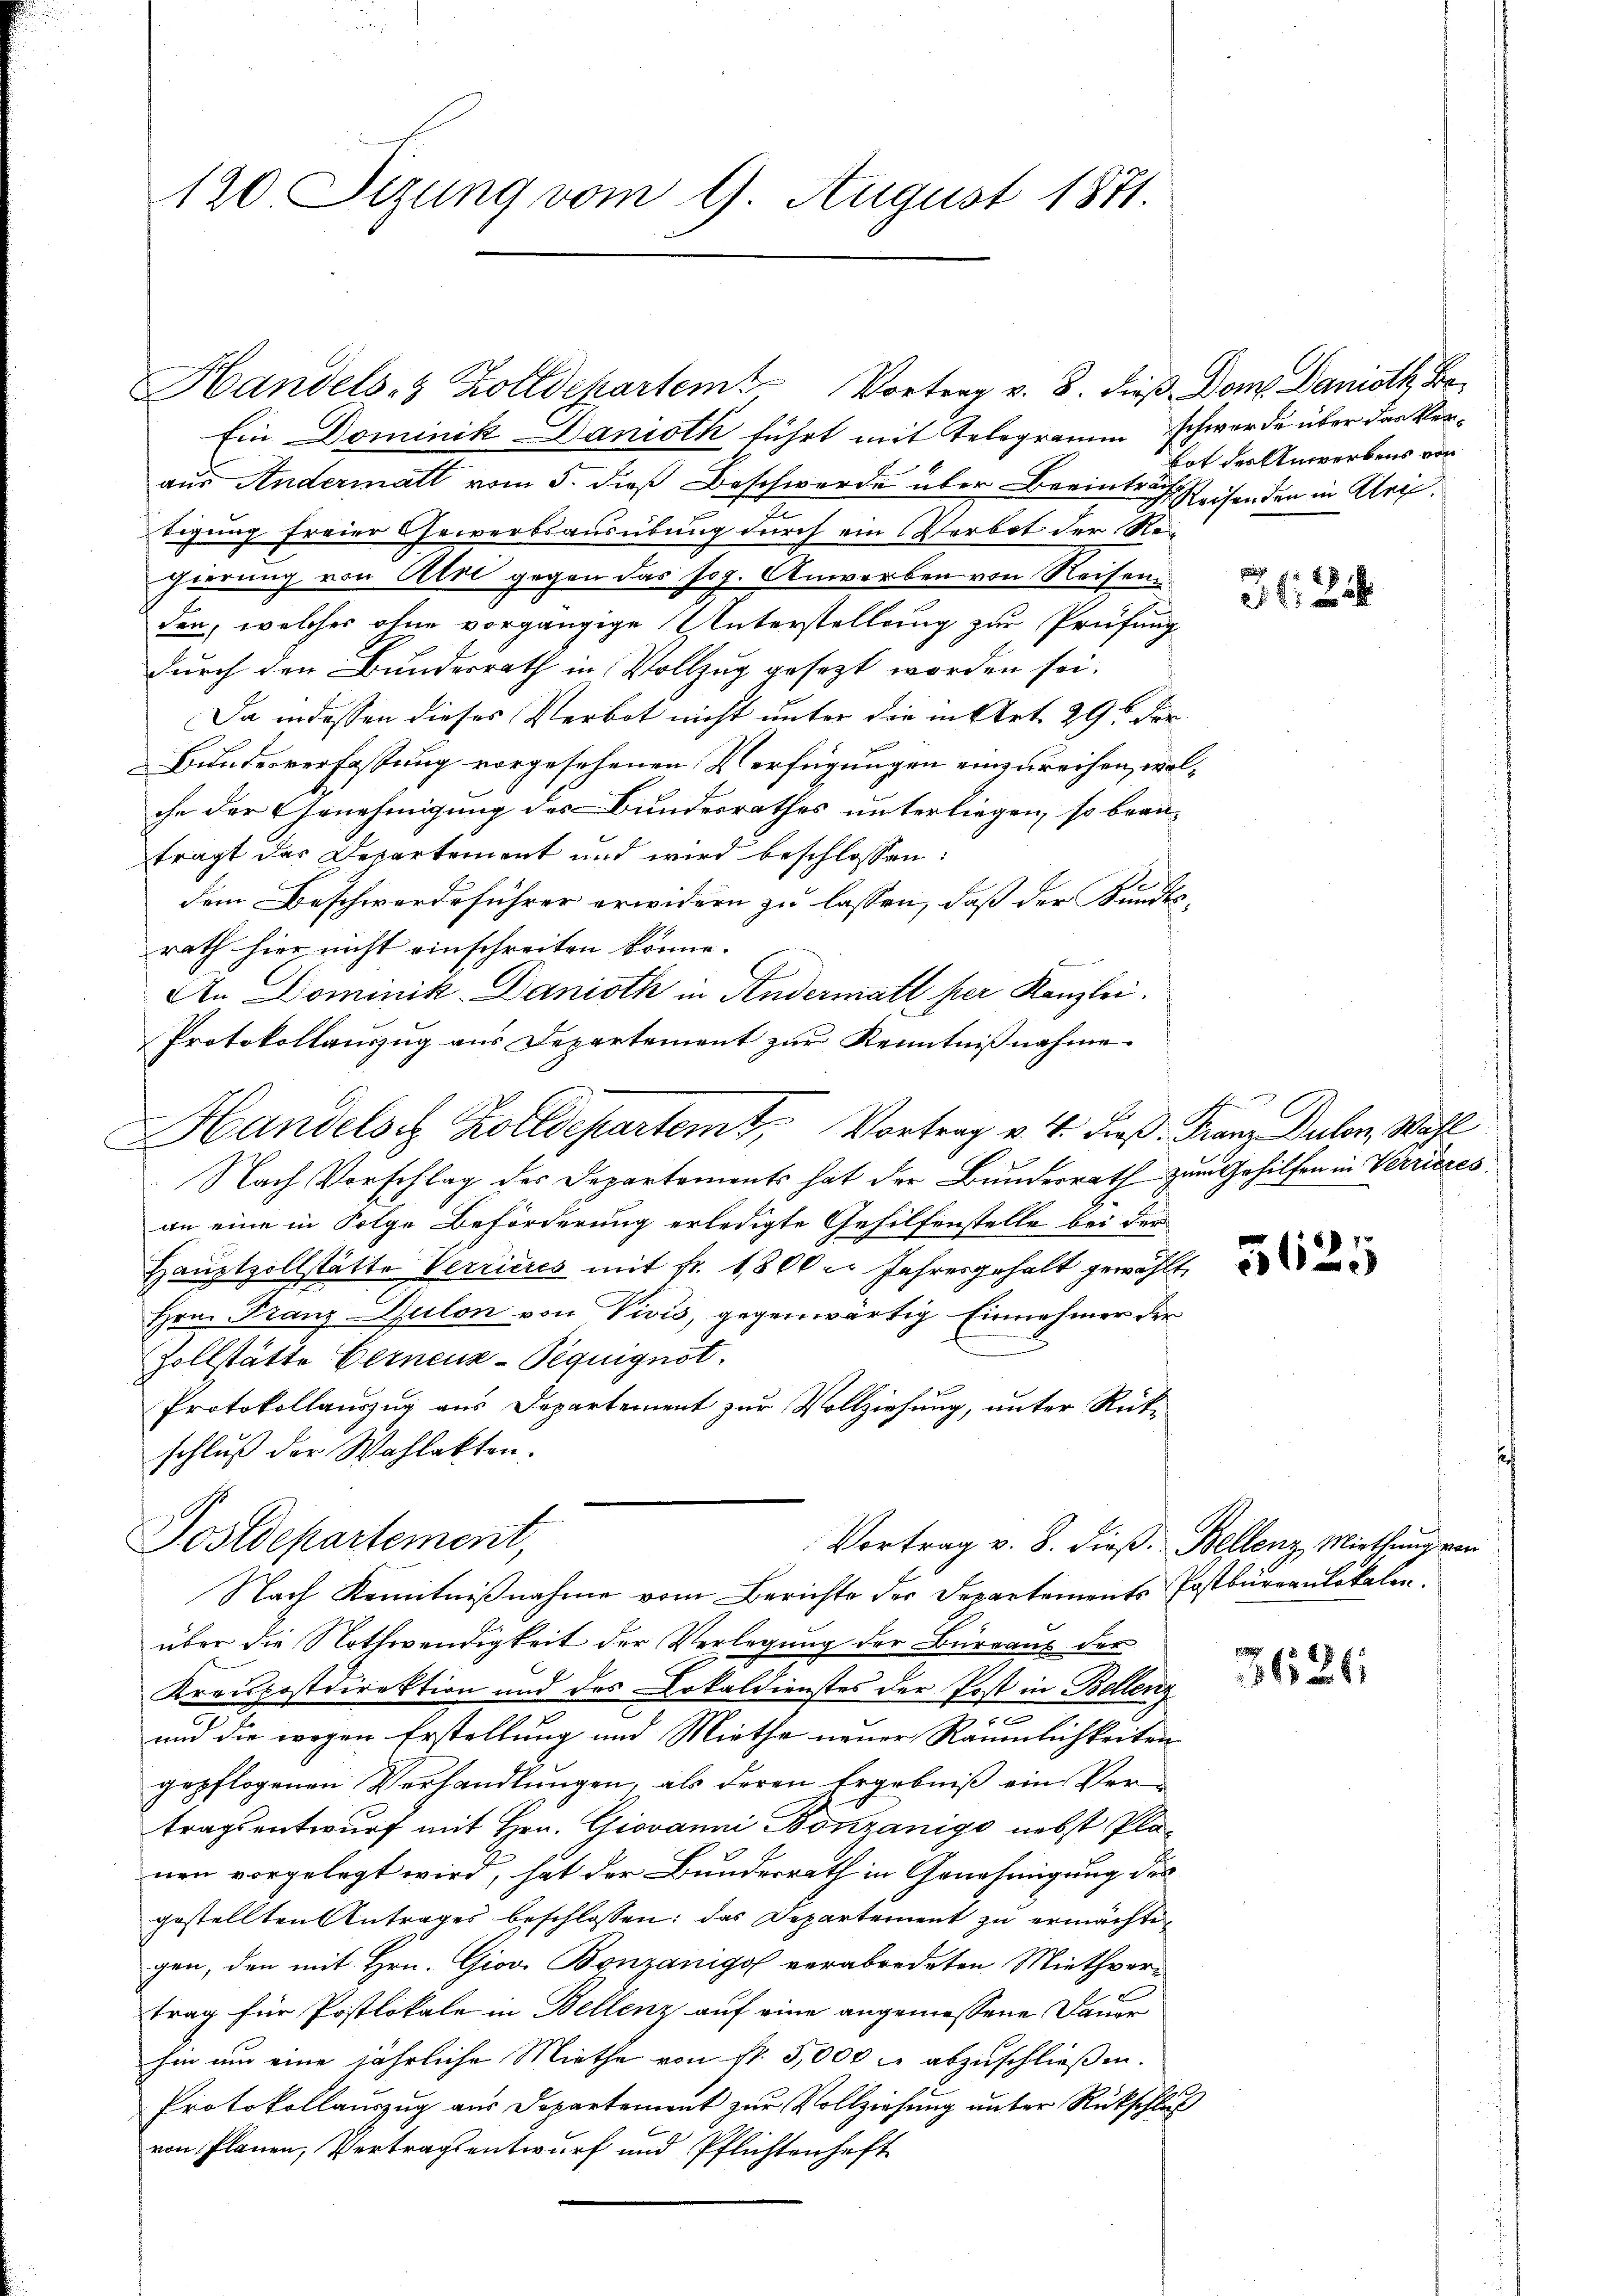
120. Sizung vom 9. August 1871.

Ein Dominik Danioth führt mit Telegramm schwerde über das Veraus Andermatt vom 5. dieß Beschwerde über Beeintrache Reisenden in Uri
bigung freier Gewerbsausübung durch ein Verbot der Re-
gierung von Uri gegen das sog. Anwerben von Reisein
den, welches ohne vorgängige Unterstellung zur Prüfung
durch den Bundesrath in Vollzug gesezt worden sei.
Da indessen dieses Verbot nicht unter die in Art. 29. Der
Bundesverfassung vorgesehenen Verfügungen einzureichen, welche der Genehmigung des Bundesrathes unterliegen, so beanträgt der Departement und wird beschlossen:
.
dem Beschwerdeführer erwidern zu lassen, daß der Kundesrath hier nicht einschreiten könne.
An Dominik Danioth in Andermatt per Kanzlei.
Protokollauszug aus Departement zur Kenntnißnahme
Handelst Kolldepartem Vortrag v. 4. dieß. Franz Dulon Wahl
Nach Vorschlag des Departements hat der Bundesrath zum Gehilfen in Verrieres
an eine in Folge Beförderung erledigte Gehilfenstelle bei der
Hauptzollstätte Verrieres mit fr. 1800 l. Jahresgehalt gewählt
Hrn. Franz-Bulon von Vivis, gegenwärtig Einnehmer der
Zollstätte Gerneuz-Pequignot.
Protokollauszug aus Departement zur Vollziehung, unter Rükschlŭβ der Wahlakten.
Postdepartement,
Vortrag v. 8. dieß. Bellenz, Miethung von
Nach Kenntnißnahme vom Berichte der Departements Postbureaulokalen.
über die Nothwendigkeit der Verlegung der Büreaus der
Kreispostdirektion und des Dokaldienstes der Post in Bellenz
e
und die wegen Erstellung und Miethe neuer Räumlichkeiten
gepflogenen Verhandlungen, als deren Ergebniß ein Vertragsentwurf mit Hrn. Giovanni Bonzanigo nebst Planen vorgelegt wird, hat der Bundesrath in Genehmigung des
gestellten Antrages beschlossen: das Departement zu ermächte
gen, den mit Hrn. Giov. Bonzanigof verabredeten Miethvertrag für Postlokale in Bellenz auf eine angemessene Dauer
hin um eine jährliche Miethe von St. 5,000 l. abzuschließen.
Protokollauszug aus Departement zur Vollziehung unter Rückschluß
von Planen, Vertragsentwurf und Pflichtenhaft

Handels- & Zolldepartem Vortrag v. 8. dieß Dom. Danisth, Be

bot der Anwerbens vor

324

3626